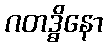
ဂတဒ္ဓိနော